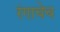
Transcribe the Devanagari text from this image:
रंगाचेच